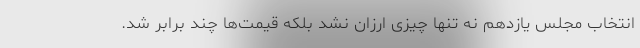
انتخاب مجلس یازدهم نه تنها چیزی ارزان نشد بلکه قیمت‌ها چند برابر شد.